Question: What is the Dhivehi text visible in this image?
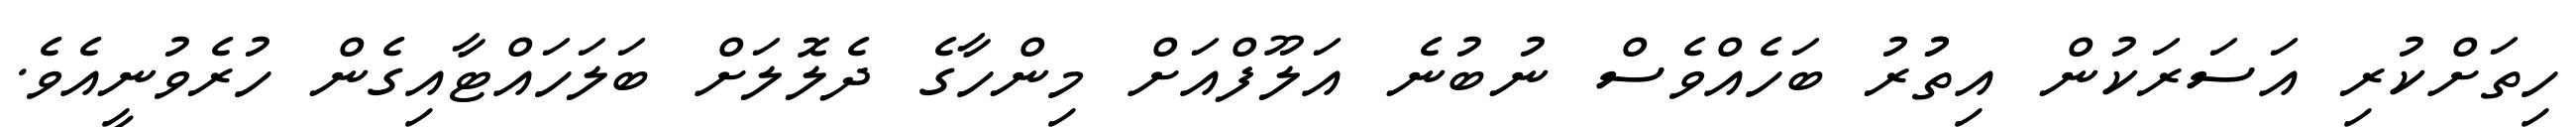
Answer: ހިތަށްކުރި އަސަރަކުން އިތުުރު ބަހެއްވެސް ނުބުނެ އަލޫފްއަށް މިންހާގެ ދެލޮލަށް ބަލަހައްޓާއިގެން ހުރެވުނީއެވެ.